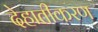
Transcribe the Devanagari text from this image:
देहातीकरण